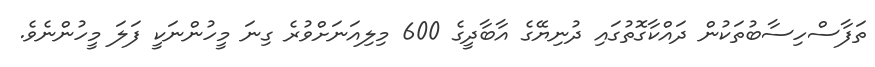
ތަފާސްހިސާބުތަކުން ދައްކާގޮތުގައި ދުނިޔޭގެ އާބާދީގެ 600 މިލިއަނަށްވުރެ ގިނަ މީހުންނަކީ ފަލަ މީހުންނެވެ.